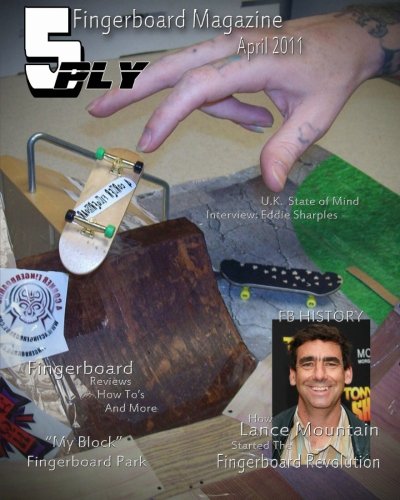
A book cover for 5 Ply Fingerboard Magazine April 2011: For Fingerboarders By Fingerboarders; Bobby Alexander; Sports & Outdoors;